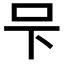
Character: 𭆼